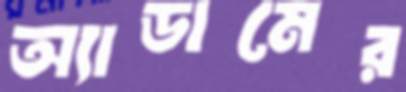
অ্যাডামের